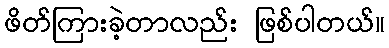
ဖိတ်ကြားခဲ့တာလည်း ဖြစ်ပါတယ်။